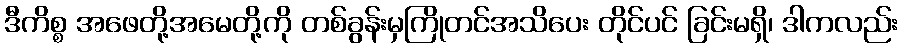
ဒီကိစ္စ အဖေတို့အမေတို့ကို တစ်ခွန်းမှကြိုတင်အသိပေး တိုင်ပင် ခြင်းမရှိ၊ ဒါကလည်း